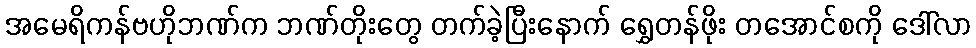
အမေရိကန်ဗဟိုဘဏ်က ဘဏ်တိုးတွေ တက်ခဲ့ပြီးနောက် ရွှေတန်ဖိုး တအောင်စကို ဒေါ်လာ